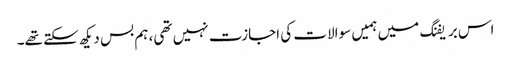
اس بریفنگ میں ہمیں سوالات کی اجازت نہیں تھی، ہم بس دیکھ سکتے تھے۔